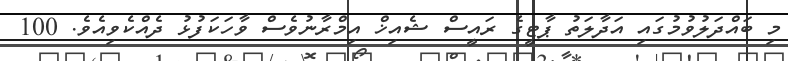
މި ބައްދަލުވުމުގައި އަދާލަތު ޕާޓީގެ ރައީސް ޝެއިޚް އިމްރާނުވެސް ވާހަކަފުޅު ދެއްކެވިއެވެ. 100